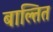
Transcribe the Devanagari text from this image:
बाल्तित